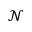
\mathcal { N }